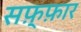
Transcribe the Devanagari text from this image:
सफ़्फ़ार